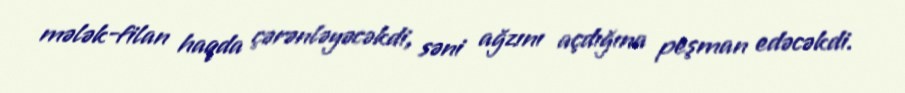
mələk-filan haqda çərənləyəcəkdi, səni ağzını açdığına peşman edəcəkdi.